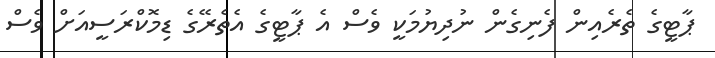
ޕާޓީގެ ތެރެއިން ފެނިގެން ނުދިޔުމަކީ ވެސް އެ ޕާޓީގެ އެތެރޭގެ ޑިމޮކްރަސީއަށް ވެސް